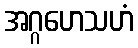
အဂ္ဂဟေသဟံ